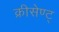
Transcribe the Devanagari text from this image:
क्रीसेण्ट्